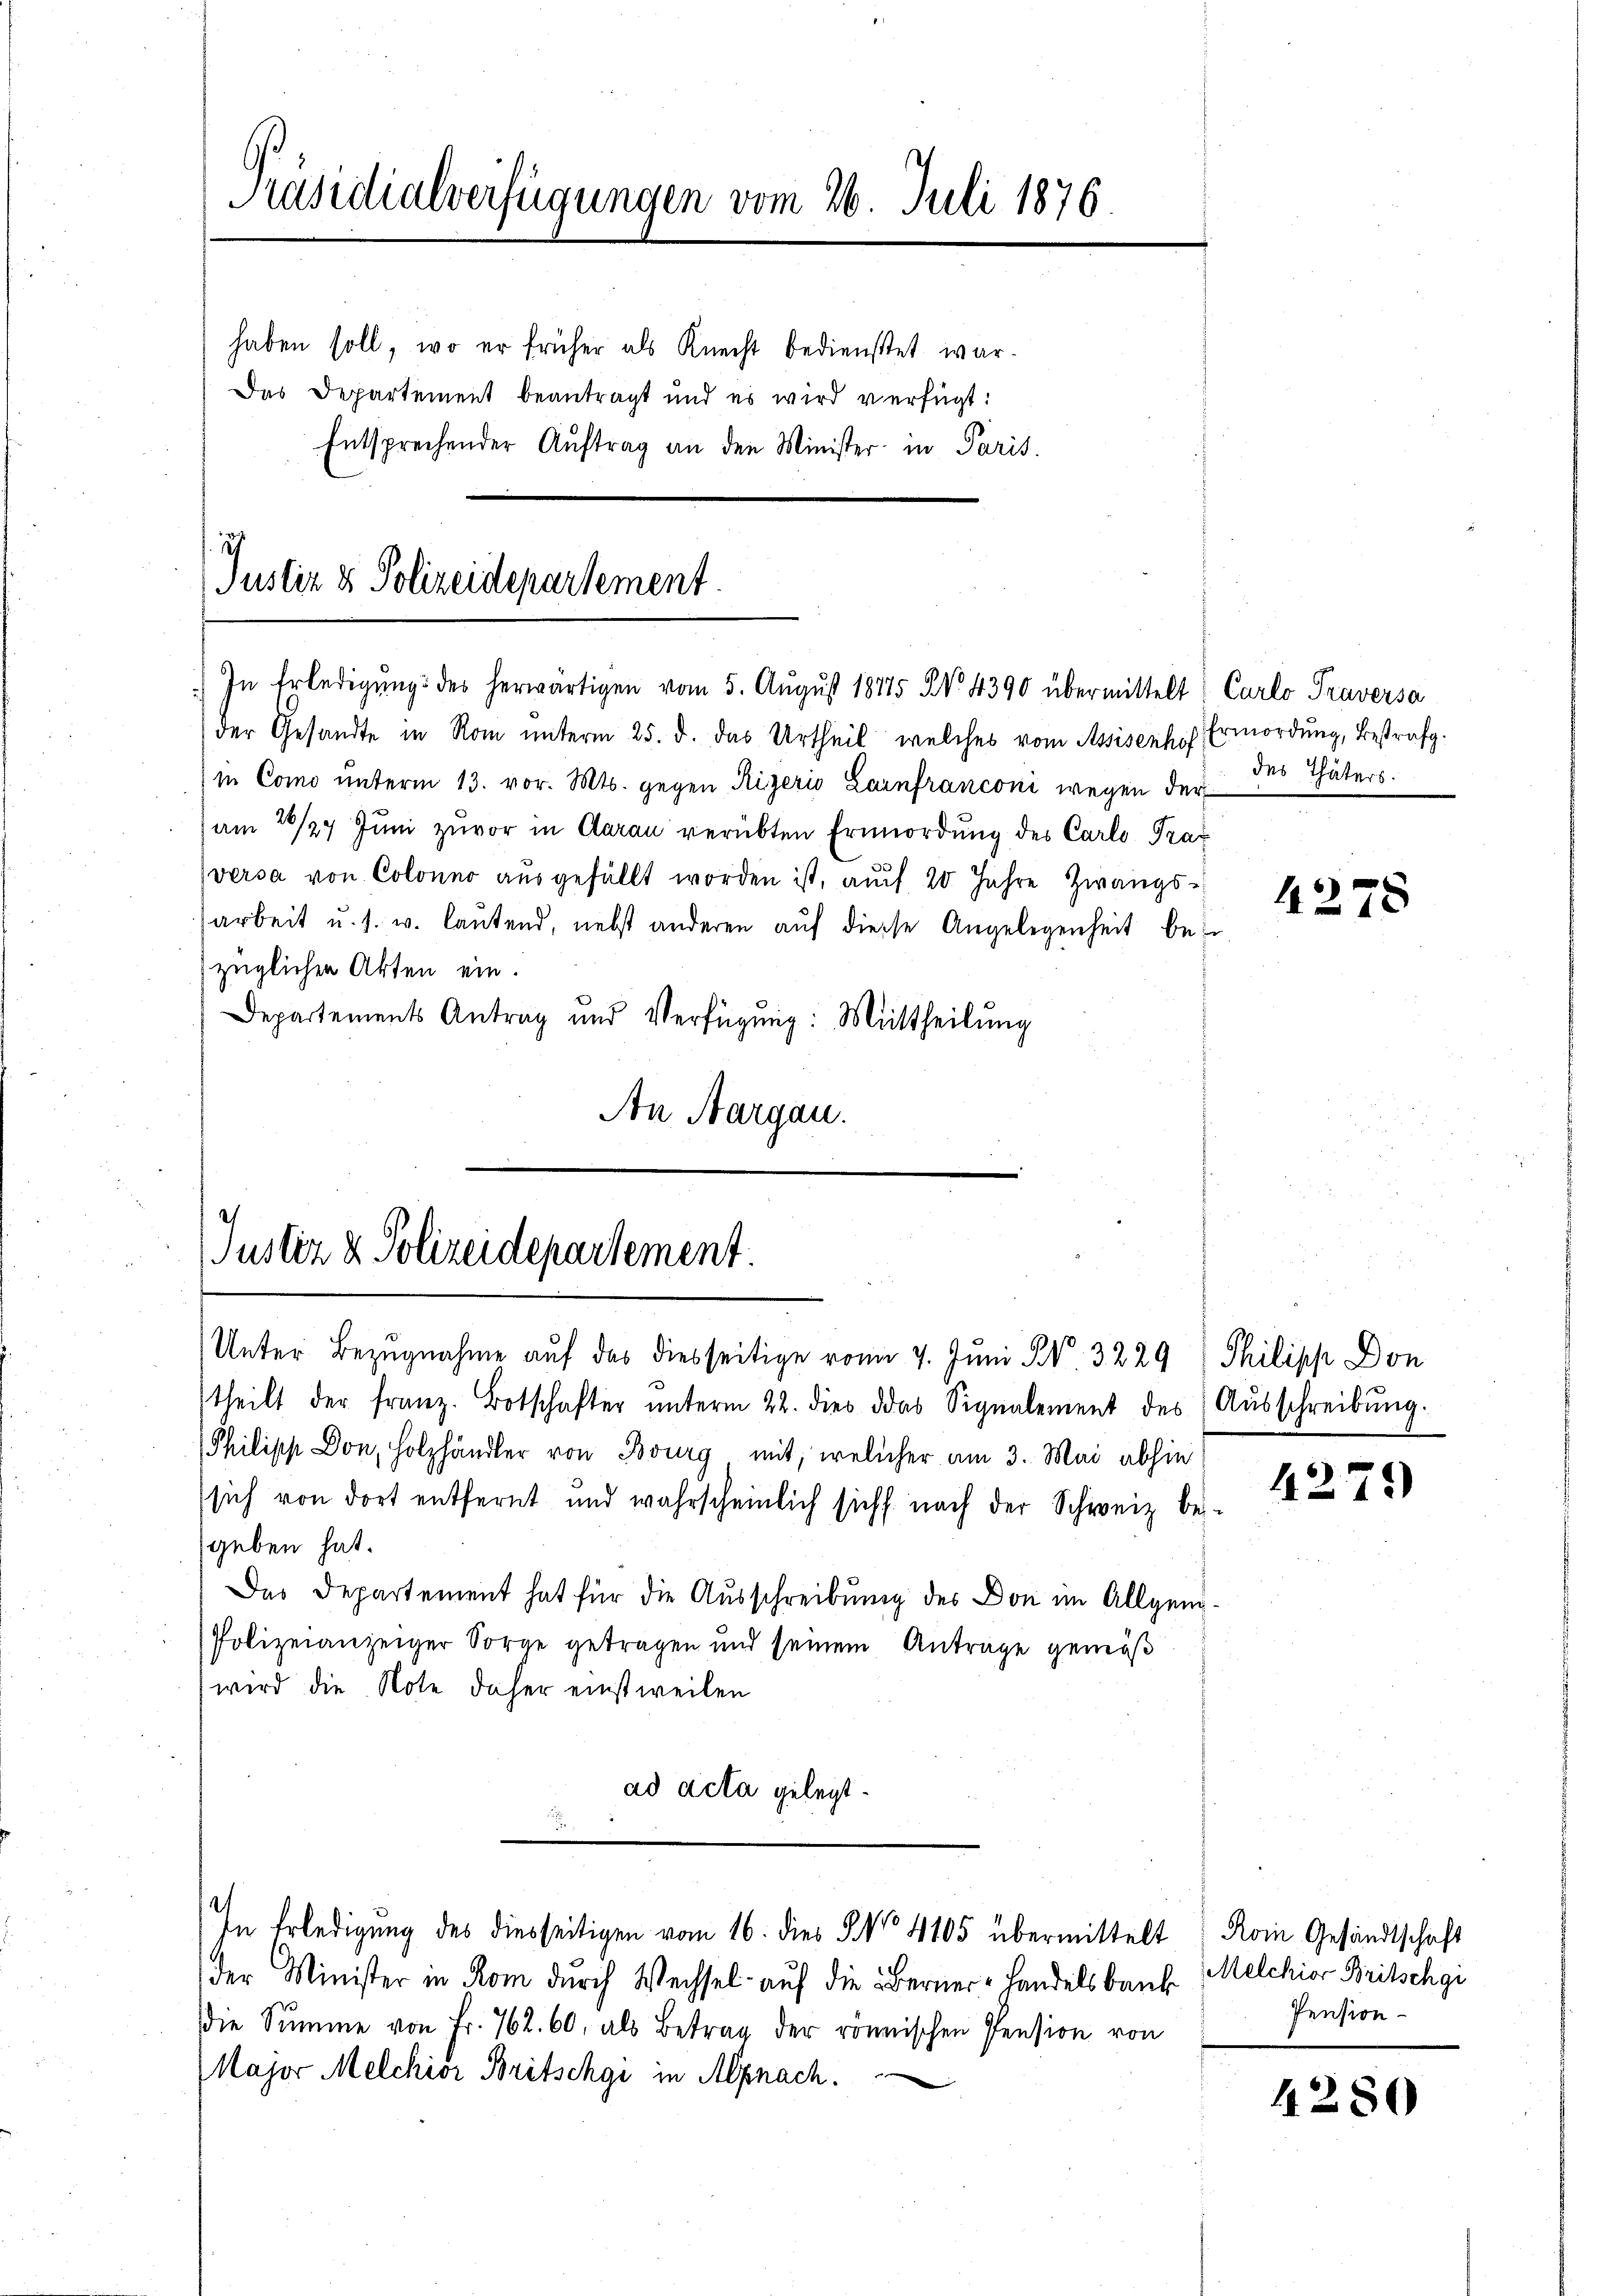
Präsidialverfügungen vom 26. Juli 1876.
Das Departement beantragt und es wird verfügt:
Entsprechender Auftrag an den Minister in Paris.

haben soll, wo er früher als Knecht bedienstet war.

.27
Justiz & Polizeidepartement
) In Erledigŭng des herwärtigen vom 5. August 18115 No 4390 übermittelt Carlo Traversa

der Gesandte in Rom ŭnterm 25. d. das Urtheil welches vom Assisenhof Ermordŭng, bestrafg.
in Como unterm 13. vor. Mts. gegen Rizeris Lainfranconi wegen der
(am 28/29. Jŭni zuvor in Aarau verübten Ermordung des Carlo Prax
versa von Colonno aŭsgefüllt worden ist, aŭf 20 Jahre Zwangs-
arbeit u. s. w. lautend, nebst anderen aŭf diese Angelegenheit bei
züglichen Akten ein.
Departements Antrag und Verfügŭng: Mittheilŭng
An Aargau.

Justiz & Polizeidepartement.

Unter Bezugnahme auf das diesseitige vom 7. Juni S. 3229 (Thilipp Don
theilt der franz. Botschafter ŭnterm 22. dies das Signalement des (Aŭsschreibŭng.
Philipp Don, Holzhändler von Bourg mit, welcher am 3. Mai abhin
sich von dort entfernt und wahrscheinlich sicht nach der Schweiz bei-
geben hat.
Das Departement hat für die Ausschreibung des Don im Allgen¬
Polizeianzeiger Sorge getragen und seinem Anträge gemäß
wird die Note daher einstweilen
ad acta gelegt.
In Erledigung des diesseitigen vom 16. dies No 4105 übermittelt Rom Gesandtschaft
der Minister in Rom durch Wechsel auf die Berner-Handelsbank Melchior Britschgi
Die Summe von Fr. 762. 60, als Betrag der rönnischen Pension von
Major Melchior Britschgi in Alpnach.

des Thäters.

4278

4279)

Pension

4250